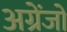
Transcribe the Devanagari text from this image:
अग्रेंजों